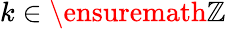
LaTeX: k\in\ensuremath{\mathbb{Z}}